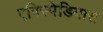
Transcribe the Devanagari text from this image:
एपिस्पेडियास